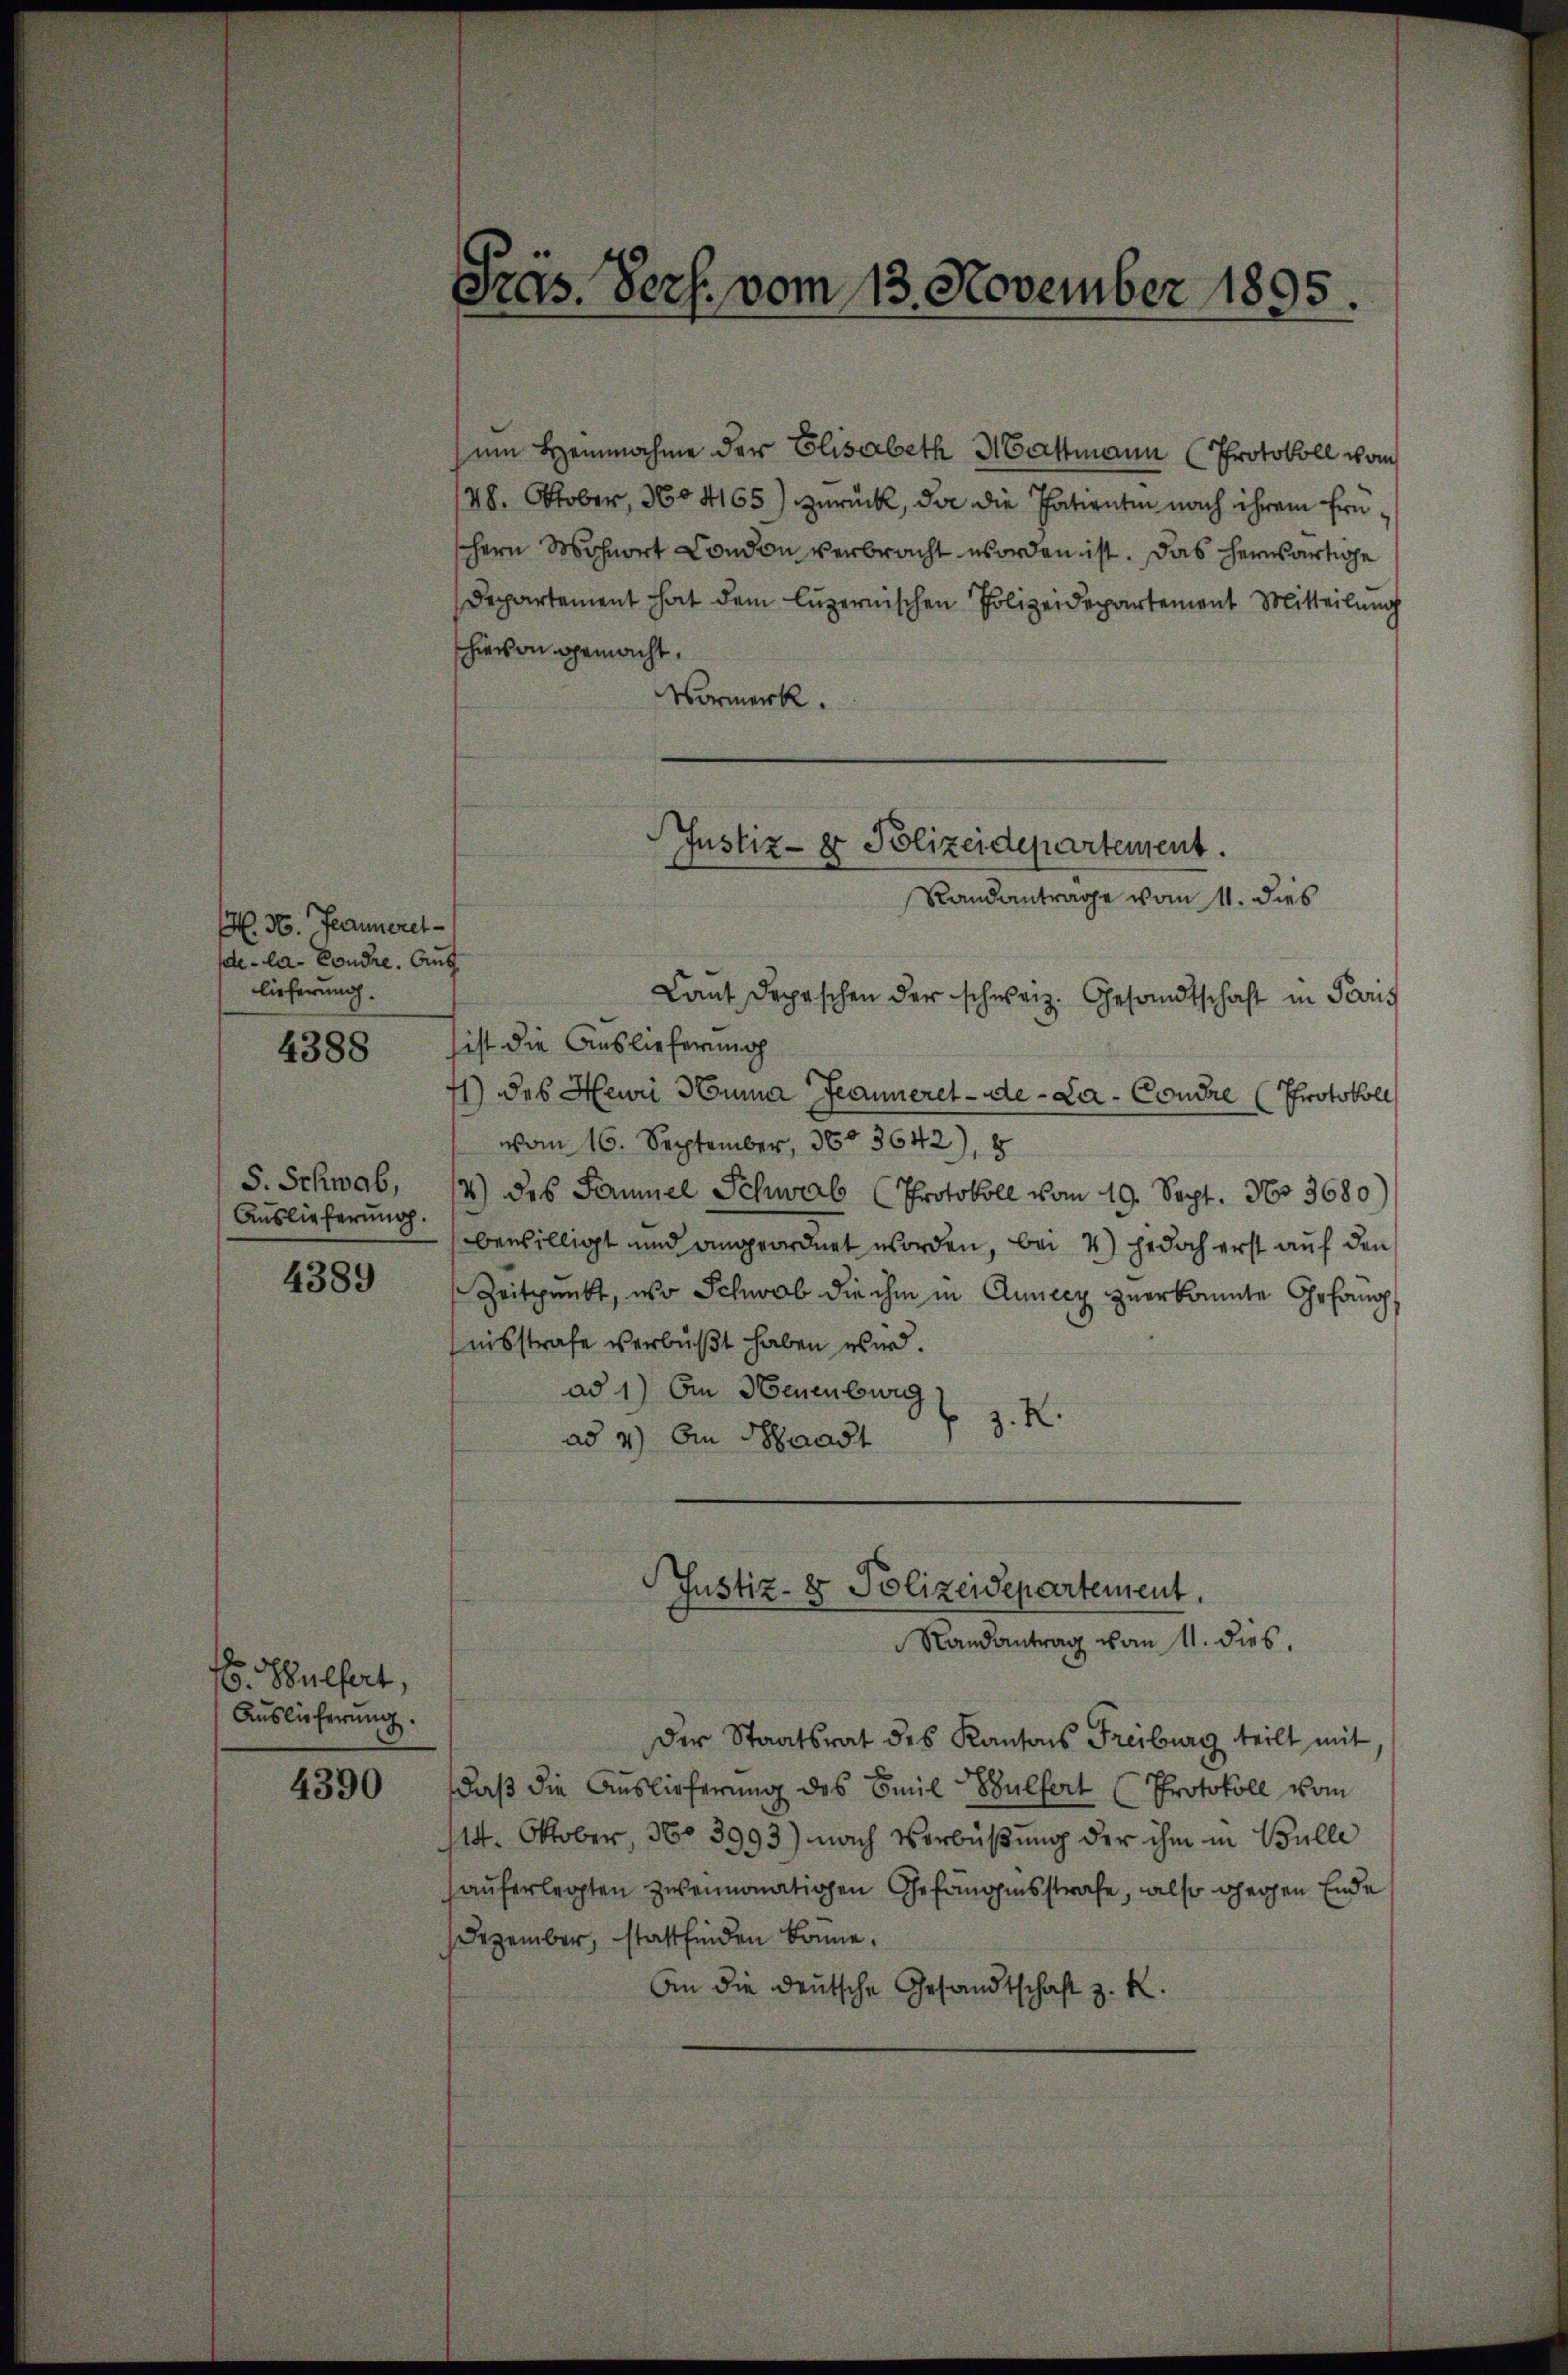
H. H. Jeanneret
de-la- Condre. Aug
lieferung.
4388

S. Schwab,
Auslieferung
4389

Wulfart,
Auslieferung.

4390

Präs. Pers. vom 13. November 1895.

um Heinnahme der Elisabeth Mattmann (Protokoll vom
48. Oktober, No 4165) zurück, da die Patientin nach ihrem Ernschern Wohnort London verbracht worden ist. Das herwärtige
Departement hat dem luzernischen Polizeidepartement Mitteilung
hievon gemacht,
Vormerk.
Laut Depeschen der schweiz. Gesandtschaft in Paris
sist die Auslieferung
1) des Heuri Huna Jeanneret -de-La- Condre (Protokoll
vom 16. September, 3603642), 8
4) des Samuel Schwab (Protokoll vom 19. Sept. 160. 3680)
bewilligt und angeordnet worden, bei 4) jedoch erst auf den
Zeitpunkt, wo Schwab die ihm in Annecz zuerkannte Gefängnisstrafe verbüßt haben wird.
ad 1) Ein Neuenburg
z. R.
ad 4) An Maast
Justiz- & Polizeidepartement.
Randantrag vom 11. dies.
Der Staatsrat des Kantons Freiburg teilt mit
daß die Auslieferung des Emil Bulfert (Protokoll vom
114. Oktober, No 3993) nach Verbüßung der ihm in Bulle
hauferlegten zweimonationen Gefängensstrafe, also gegen Ende
Dezember, stattfinden könne.
An die deutsche Gesandtschaft z. R.

Justiz- & Polizeidepartement.
Randantrage vom 11. dies